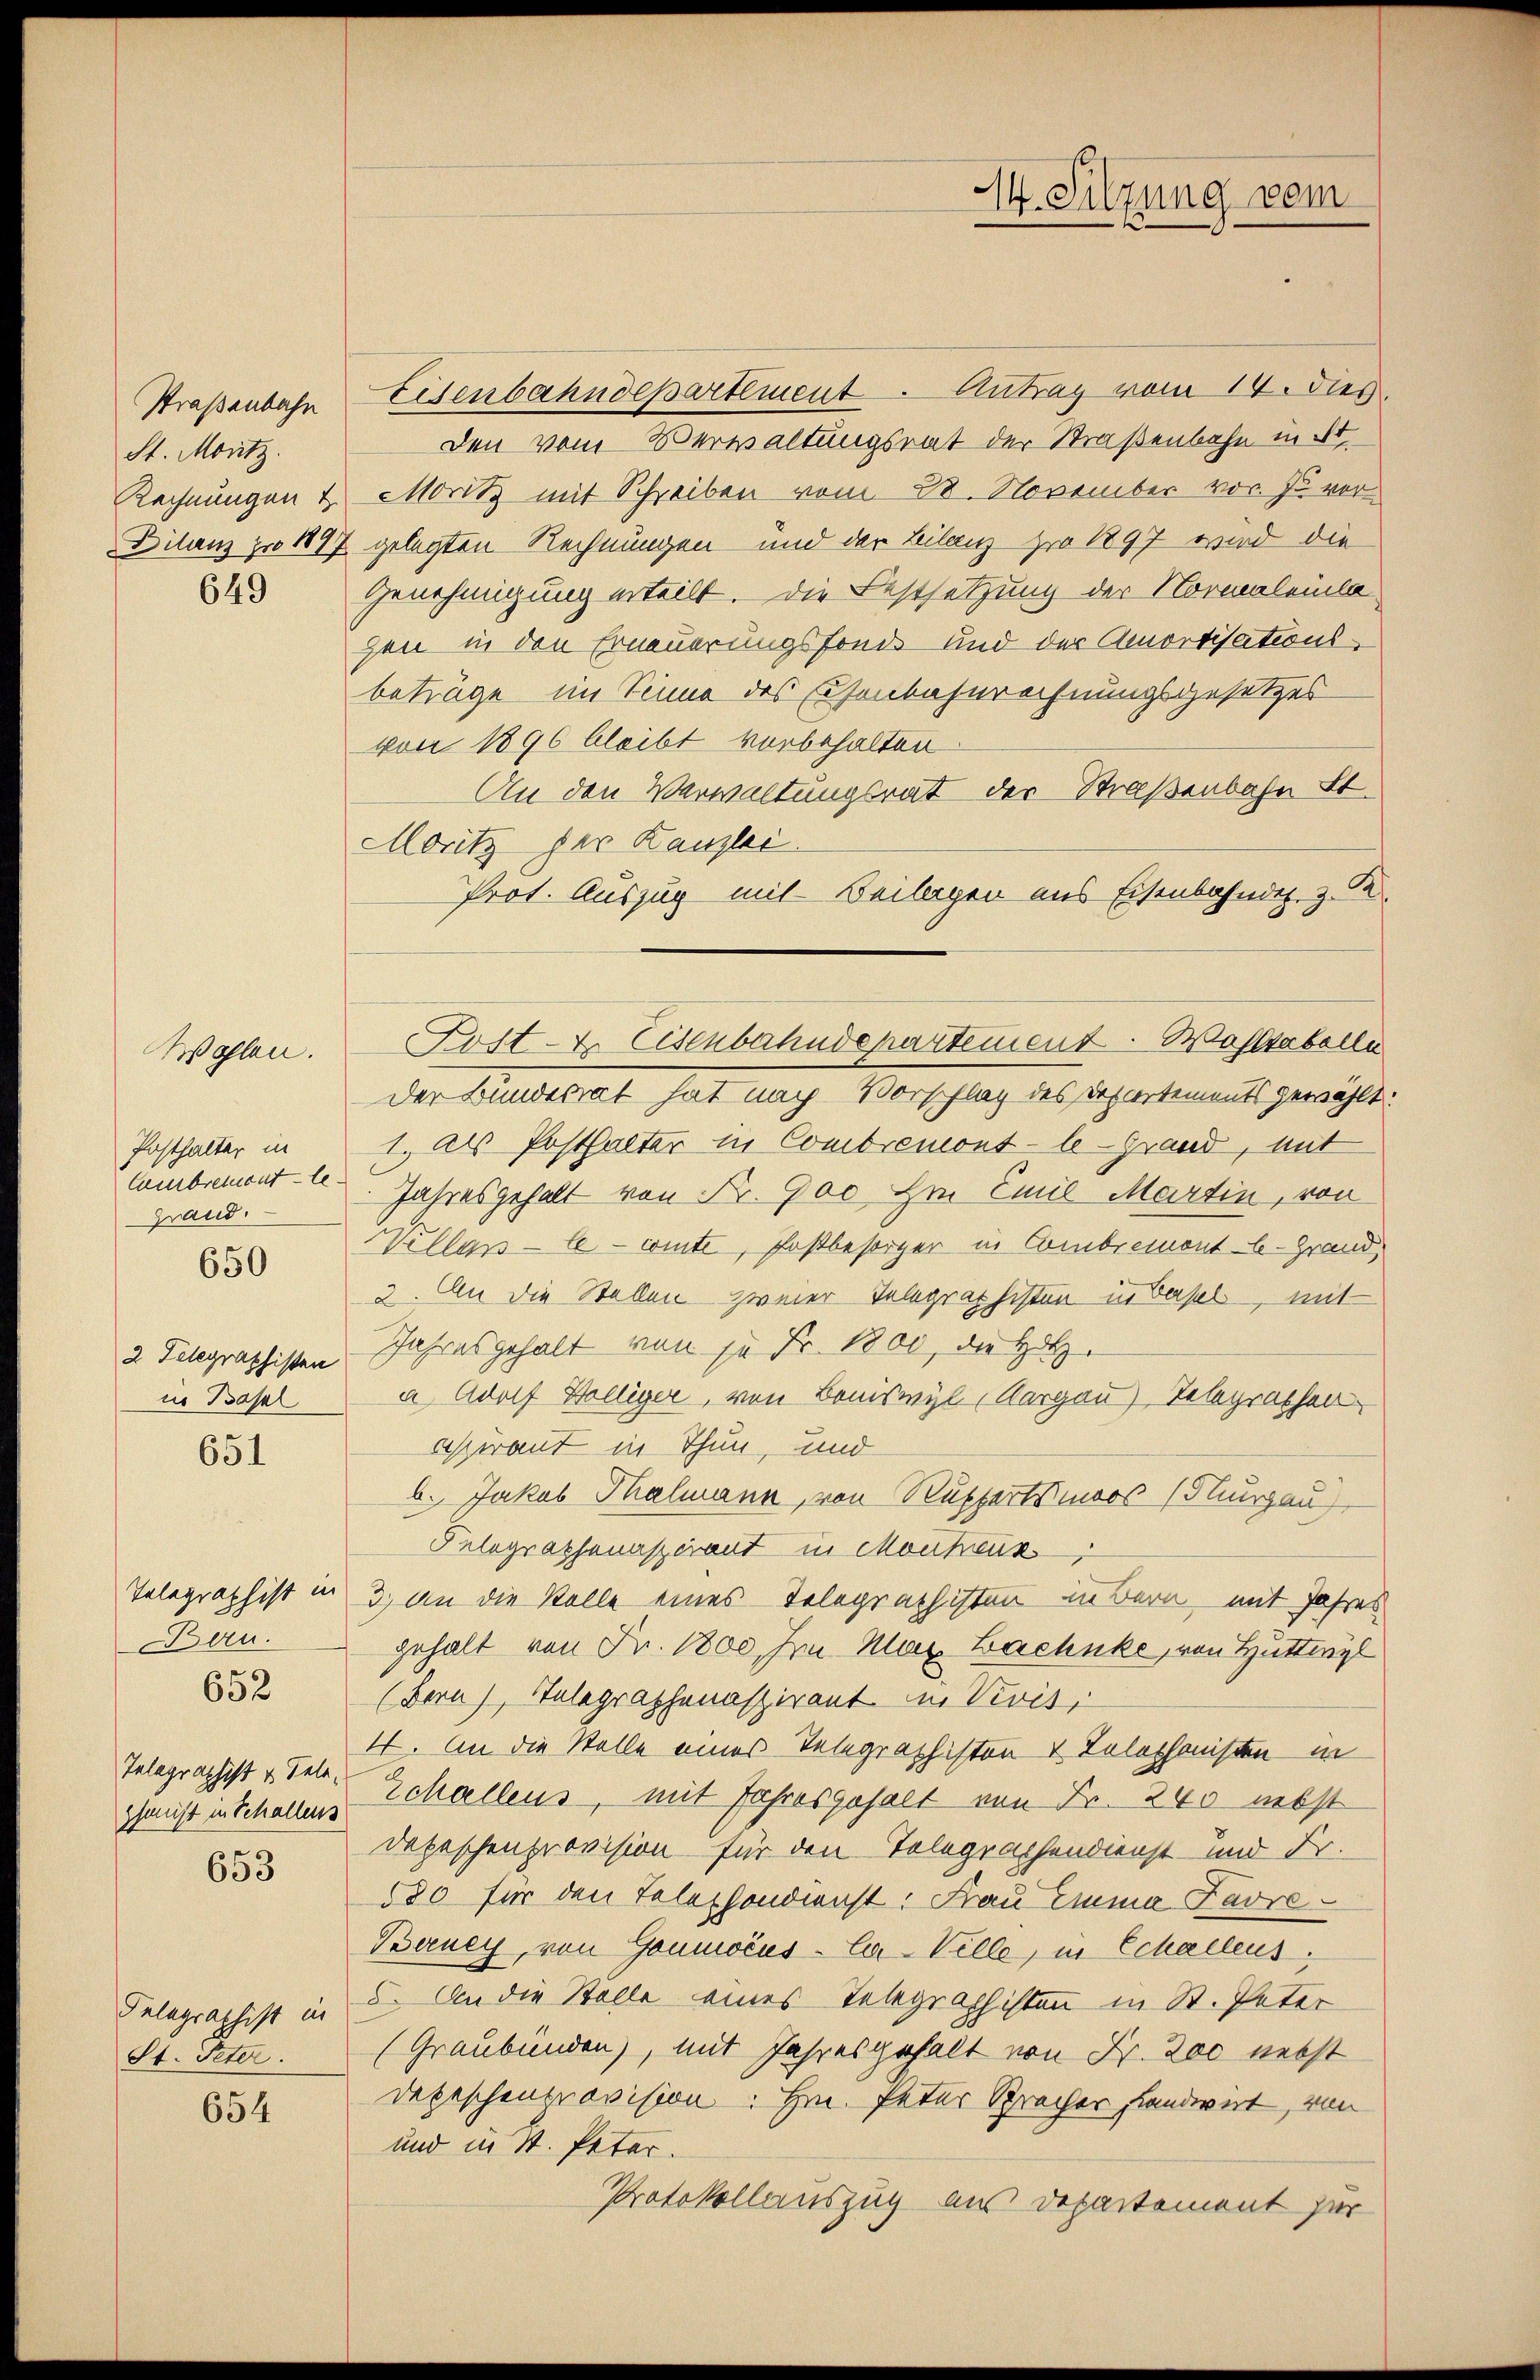
14. Sitzung vom

Eisenbahndepartement. Antrag vom 14. dies
den vom Verwaltungsrat der Straßenbahn in St.
Moritz mit Schreiben vom 28. November vor. zu vergelegten Rechnungen und der Bilanz pro 1897 wird die
Genehmigung erteilt. Die Festsetzung der Normalenla
zen in den Erneuerungsfonds und der Amortisationsbeträge im Sinne des Eisenbahnrechnungsgesetzes
von 1896 bleibt vorbehalten.
An den Verwaltungsrat der Straßenbahn St.
Moritz der Kanzlei
Prot. Auszug mit Beilagen aus Eisenbahndet, z. R.
Der Bundesrat hat nach Vorschlag des Departements gewählt:
1. Als Posthalter in Combremont-le-Grand, mit
Jahresgehalt von Fr. 900 im Emil Martin, von
Wellan-Ee - winte, Postbesorger in Combremont b. Grand
3. An die Stellen zweier Telegraphisten in Basel, mit
Jahresgehalt von je Fr. 1800, die Holza Adolf Völliger, von Boniswyl, Aargau) Telegrathen
Asperant in Thun, und
b. Jakob Thalmann, von Rupportsmoos (Sturgau
Pelographenaspirant in Montens
3.) An die Kolle eines Telegraphisten in Bern mit Jahres
gehalt von Fr. 1800. In Max Bachnke, von Huttwyl
(Bern), Telegraphenaspirant in Vivis,
4. An die Stelle eines Telegraphiston v. Talethausen in
Schallens, mit Jahresgehalt von Fr. 240 nebst
Depeschenprovision für den Telegraphendienst und Fr.
580 für den Telephondienst: Frau Emma Favre¬
Berney, von Goumocus-C-Ville, in Schallens
5. An die Stelle eines Telegraphisten in St. Peter
(Graubünden), mit Jahresgehalt von Hr. Zac nebst
Depeschenprovision " Hrn. Peter Spracher Handwirt, von
und in St. Peter.
Protokollauszug aus Departement zur

Straßenbahn
St. Moritz.
Rechnungen &
Dilanz pro 1891

649

Lost- u. Eisenbahndepartement. Wohltabelle

Posthalter in
Cambremont le
Grand.

Wohlen.

650

2 Telegraphisten
in Basel

651

Telegraphist in
Bern.
Telegraphist v. Telephanist in Schallens

652

653

Telegraphist in
St. Peter.

654